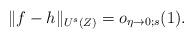
LaTeX: \begin{align*} \|f-h\|_{U^s(Z)}=o_{\eta\to 0;s}(1).\end{align*}